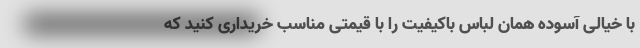
با خیالی آسوده همان لباس باکیفیت را با قیمتی مناسب خریداری کنید که